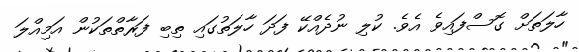
ހާލަތަށް ގޮސްފައިވެ އެވެ. ކުލި ނުދެއްކޭ ފަދަ ހާލަތުގައި ތިބި ފަރާތްތަކުން އަމިއްލަ